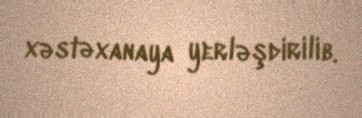
xəstəxanaya yerləşdirilib.